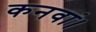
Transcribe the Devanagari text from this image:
कनवां।